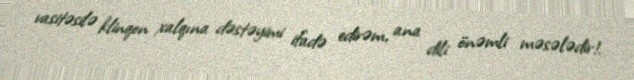
vasitəsilə klinqon xalqına dəstəyimi ifadə edirəm, ana dili önəmli məsələdir!.